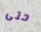
حتى